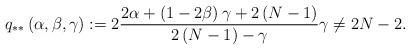
LaTeX: \begin{align*}q_{**}\left( \alpha ,\beta ,\gamma \right) :=2\frac{2\alpha +\left( 1-2\beta\right) \gamma +2\left( N-1\right) }{2\left( N-1\right) -\gamma }\gamma \neq 2N-2. \end{align*}